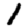
Digit: 1